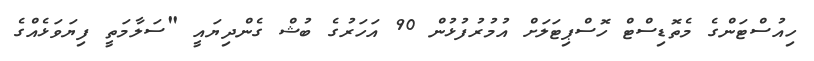
ހިއުސްޓަންގެ މެތޮޑިސްޓް ހޮސްޕިޓަލަށް އުމުރުފުޅުން 90 އަހަރުގެ ބުޝް ގެންދިޔައީ "ސަލާމަތީ ފިޔަވަޅެއްގެ